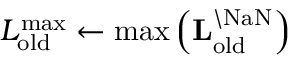
L _ { \mathrm { o l d } } ^ { \mathrm { m a x } } \leftarrow \mathrm { m a x } \left( \mathbf { L } _ { \mathrm { o l d } } ^ { \backslash \mathrm { N a N } } \right)